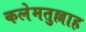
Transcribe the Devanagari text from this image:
कलेमतुल्लाह